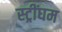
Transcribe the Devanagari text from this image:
स्ट्रींघम